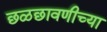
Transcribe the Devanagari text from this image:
छळछावणीच्या